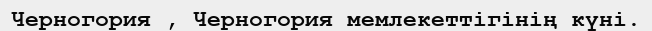
Черногория , Черногория мемлекеттiгiнiң күнi.